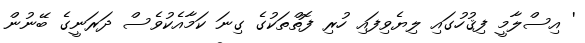
' އިސްލާމީ ފިޤުހުގައި ލިޔެވިފައި ހުރި ފޮތްތަކުގެ ގިނަ ކަމާއެކުވެސް ދަރަނީގެ ބޭނުން